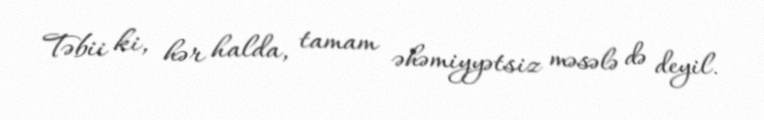
Təbii ki, hər halda, tamam əhəmiyyətsiz məsələ də deyil.